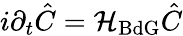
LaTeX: i\partial_{t}\hat{C}=\mathcal{H}_{\mathrm{BdG}}\hat{C}